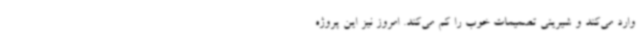
وارد می‌کند و شیرینی تصمیمات خوب را کم می‌کند. امروز نیز این پروژه